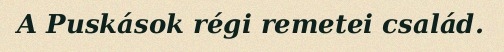
A Puskások régi remetei család.